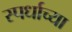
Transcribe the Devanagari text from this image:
स्पर्धाच्या